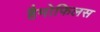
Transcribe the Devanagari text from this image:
हैमोफिलस